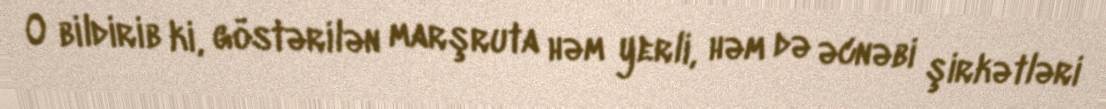
O bildirib ki, göstərilən marşruta həm yerli, həm də əcnəbi şirkətləri